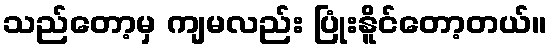
သည်တော့မှ ကျမလည်း ပြုံးနိူင်တော့တယ်။